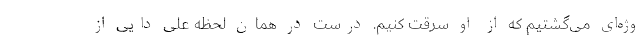
وژه‌ای می‌گشتیم که از او سرقت کنیم. درست در همان لحظه علی دایی از